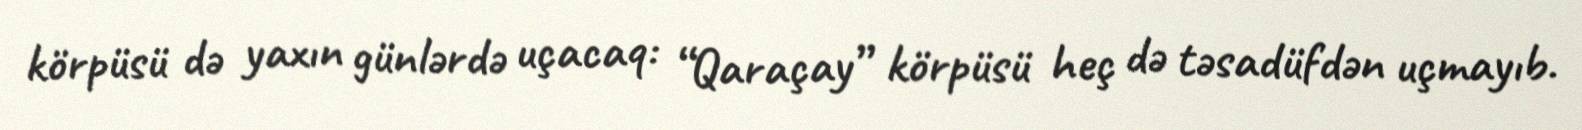
körpüsü də yaxın günlərdə uçacaq: “Qaraçay” körpüsü heç də təsadüfdən uçmayıb.